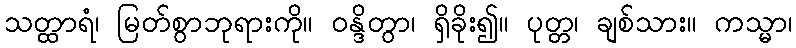
သတ္ထာရံ၊ မြတ်စွာဘုရားကို။ ဝန္ဒိတွာ၊ ရှိခိုး၍။ ပုတ္တ၊ ချစ်သား။ ကသ္မာ၊